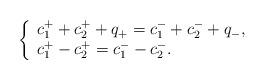
LaTeX: \begin{align*}\left\{\begin{array}{ll}c_1^++c_2^++q_+=c_1^-+c_2^-+q_-,\\c_1^+-c_2^+=c_1^--c_2^-.\end{array}\right.\end{align*}